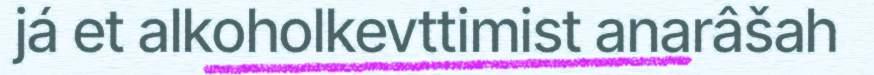
já et alkoholkevttimist anarâšah